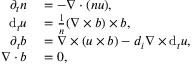
\begin{array} { r l } { \partial _ { t } n } & { { } = - \nabla \cdot ( n \boldsymbol { u } ) , } \\ { \mathrm { d } _ { t } \boldsymbol { u } } & { { } = \frac { 1 } { n } ( \nabla \times \boldsymbol { b } ) \times \boldsymbol { b } , } \\ { \partial _ { t } \boldsymbol { b } } & { { } = \nabla \times ( \boldsymbol { u } \times \boldsymbol { b } ) - d _ { i } \nabla \times \mathrm { d } _ { t } \boldsymbol { u } , } \\ { \nabla \cdot \boldsymbol { b } } & { { } = 0 , } \end{array}